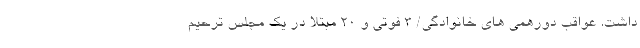
داشت. عواقب دورهمی های خانوادگی/ ۳ فوتی و ۲۰ مبتلا در یک مجلس ترحیم